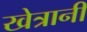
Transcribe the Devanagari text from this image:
खेत्रानी